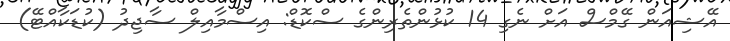
އޭޝިއަން ގޭމްސް އަށް ނެގި 14 ކުޅުންތެރިންގެ ސްކޮޑް: އިސްމާއިލް ސާޖިދު (ކުޑަކާއްޓޭ)